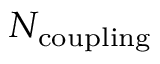
N _ { \mathrm { c o u p l i n g } }